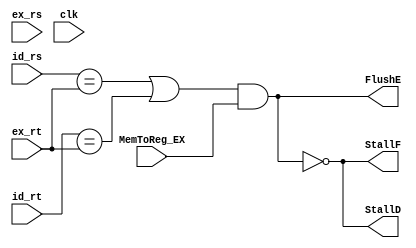
//------------------------------------------------------------------------
// Load Word Hazard Look Up Table
//------------------------------------------------------------------------

module lwHazard
(
  input [4:0] ex_rs,
  input [4:0] ex_rt,
  input [4:0] id_rs,
  input [4:0] id_rt,
  input clk,
  input MemToReg_EX,
  output reg StallF,
  output reg StallD,
  output reg FlushE
);

    reg lwstall, branchstall;

    always @(*) begin
        lwstall = (((id_rs == ex_rt) || (id_rt == ex_rt)) && MemToReg_EX);
        StallF = !(lwstall);
        StallD = !(lwstall);
        FlushE = (lwstall);
    end

endmodule